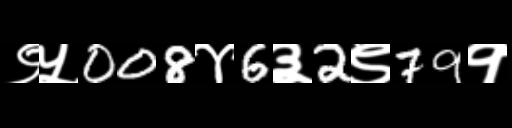
Text: ९५008४6३2९79१